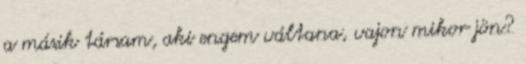
a másik társam, aki engem váltana, vajon mikor jön?